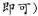
即可)